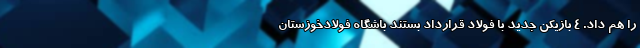
را هم داد. 4 بازیکن جدید با فولاد قرارداد بستند باشگاه فولادخوزستان